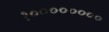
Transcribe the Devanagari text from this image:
१००००००००